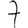
Digit: 7